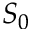
S _ { 0 }